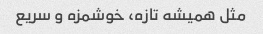
مثل همیشه تازه، خوشمزه و سریع